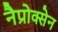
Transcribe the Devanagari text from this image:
नैप्रोक्सेन